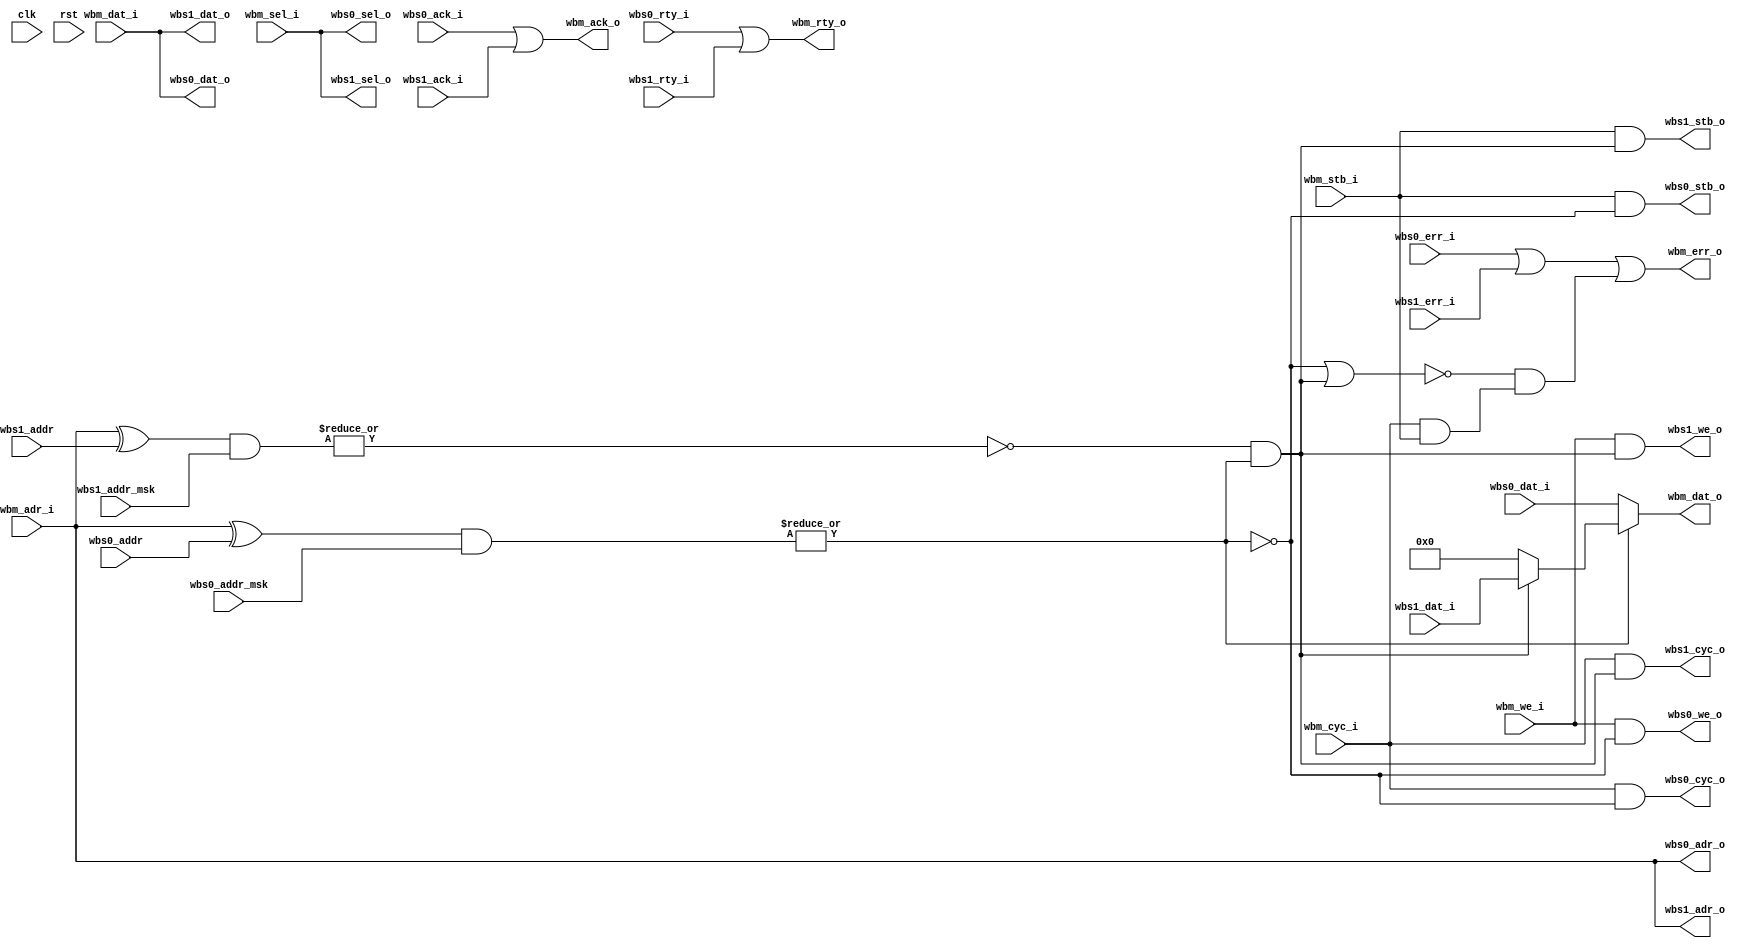
module wb_mux_2 #
(
    parameter DATA_WIDTH = 32,                    // width of data bus in bits (8, 16, 32, or 64)
    parameter ADDR_WIDTH = 32,                    // width of address bus in bits
    parameter SELECT_WIDTH = (DATA_WIDTH/8)       // width of word select bus (1, 2, 4, or 8)
)
(
    input  wire                    clk,
    input  wire                    rst,

    /*
     * Wishbone master input
     */
    input  wire [ADDR_WIDTH-1:0]   wbm_adr_i,     // ADR_I() address input
    input  wire [DATA_WIDTH-1:0]   wbm_dat_i,     // DAT_I() data in
    output wire [DATA_WIDTH-1:0]   wbm_dat_o,     // DAT_O() data out
    input  wire                    wbm_we_i,      // WE_I write enable input
    input  wire [SELECT_WIDTH-1:0] wbm_sel_i,     // SEL_I() select input
    input  wire                    wbm_stb_i,     // STB_I strobe input
    output wire                    wbm_ack_o,     // ACK_O acknowledge output
    output wire                    wbm_err_o,     // ERR_O error output
    output wire                    wbm_rty_o,     // RTY_O retry output
    input  wire                    wbm_cyc_i,     // CYC_I cycle input

    /*
     * Wishbone slave 0 output
     */
    output wire [ADDR_WIDTH-1:0]   wbs0_adr_o,    // ADR_O() address output
    input  wire [DATA_WIDTH-1:0]   wbs0_dat_i,    // DAT_I() data in
    output wire [DATA_WIDTH-1:0]   wbs0_dat_o,    // DAT_O() data out
    output wire                    wbs0_we_o,     // WE_O write enable output
    output wire [SELECT_WIDTH-1:0] wbs0_sel_o,    // SEL_O() select output
    output wire                    wbs0_stb_o,    // STB_O strobe output
    input  wire                    wbs0_ack_i,    // ACK_I acknowledge input
    input  wire                    wbs0_err_i,    // ERR_I error input
    input  wire                    wbs0_rty_i,    // RTY_I retry input
    output wire                    wbs0_cyc_o,    // CYC_O cycle output

    /*
     * Wishbone slave 0 address configuration
     */
    input  wire [ADDR_WIDTH-1:0]   wbs0_addr,     // Slave address prefix
    input  wire [ADDR_WIDTH-1:0]   wbs0_addr_msk, // Slave address prefix mask

    /*
     * Wishbone slave 1 output
     */
    output wire [ADDR_WIDTH-1:0]   wbs1_adr_o,    // ADR_O() address output
    input  wire [DATA_WIDTH-1:0]   wbs1_dat_i,    // DAT_I() data in
    output wire [DATA_WIDTH-1:0]   wbs1_dat_o,    // DAT_O() data out
    output wire                    wbs1_we_o,     // WE_O write enable output
    output wire [SELECT_WIDTH-1:0] wbs1_sel_o,    // SEL_O() select output
    output wire                    wbs1_stb_o,    // STB_O strobe output
    input  wire                    wbs1_ack_i,    // ACK_I acknowledge input
    input  wire                    wbs1_err_i,    // ERR_I error input
    input  wire                    wbs1_rty_i,    // RTY_I retry input
    output wire                    wbs1_cyc_o,    // CYC_O cycle output

    /*
     * Wishbone slave 1 address configuration
     */
    input  wire [ADDR_WIDTH-1:0]   wbs1_addr,     // Slave address prefix
    input  wire [ADDR_WIDTH-1:0]   wbs1_addr_msk  // Slave address prefix mask
);

wire wbs0_match = ~|((wbm_adr_i ^ wbs0_addr) & wbs0_addr_msk);
wire wbs1_match = ~|((wbm_adr_i ^ wbs1_addr) & wbs1_addr_msk);

wire wbs0_sel = wbs0_match;
wire wbs1_sel = wbs1_match & ~(wbs0_match);

wire master_cycle = wbm_cyc_i & wbm_stb_i;

wire select_error = ~(wbs0_sel | wbs1_sel) & master_cycle;

// master
assign wbm_dat_o = wbs0_sel ? wbs0_dat_i :
                   wbs1_sel ? wbs1_dat_i :
                   {DATA_WIDTH{1'b0}};

assign wbm_ack_o = wbs0_ack_i |
                   wbs1_ack_i;

assign wbm_err_o = wbs0_err_i |
                   wbs1_err_i |
                   select_error;

assign wbm_rty_o = wbs0_rty_i |
                   wbs1_rty_i;

// slave 0
assign wbs0_adr_o = wbm_adr_i;
assign wbs0_dat_o = wbm_dat_i;
assign wbs0_we_o = wbm_we_i & wbs0_sel;
assign wbs0_sel_o = wbm_sel_i;
assign wbs0_stb_o = wbm_stb_i & wbs0_sel;
assign wbs0_cyc_o = wbm_cyc_i & wbs0_sel;

// slave 1
assign wbs1_adr_o = wbm_adr_i;
assign wbs1_dat_o = wbm_dat_i;
assign wbs1_we_o = wbm_we_i & wbs1_sel;
assign wbs1_sel_o = wbm_sel_i;
assign wbs1_stb_o = wbm_stb_i & wbs1_sel;
assign wbs1_cyc_o = wbm_cyc_i & wbs1_sel;


endmodule